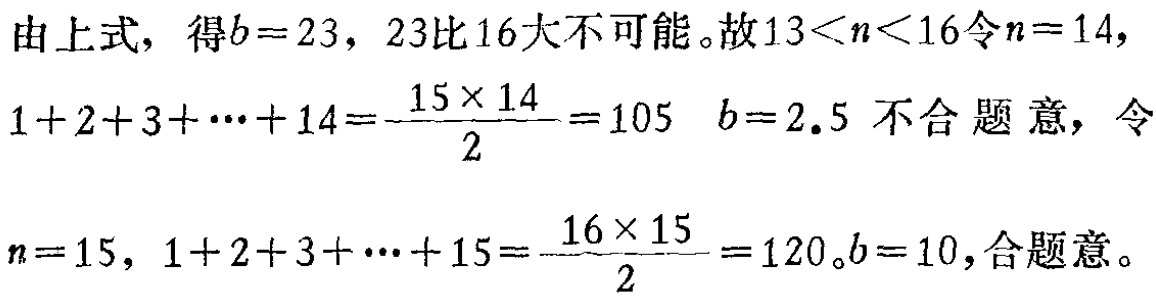
由上式，得\(b = 23\)，\(23\)比\(16\)大不可能。故\(13 < n < 16\)令\(n = 14\)，

\(1 + 2 + 3 + \cdots + 14=\frac{15\times 14}{2}=105\) \(b = 2.5\) 不合题意，令

\(n = 15\)，\(1 + 2 + 3 + \cdots + 15=\frac{16\times 15}{2}=120\)。\(b = 10\)，合题意。